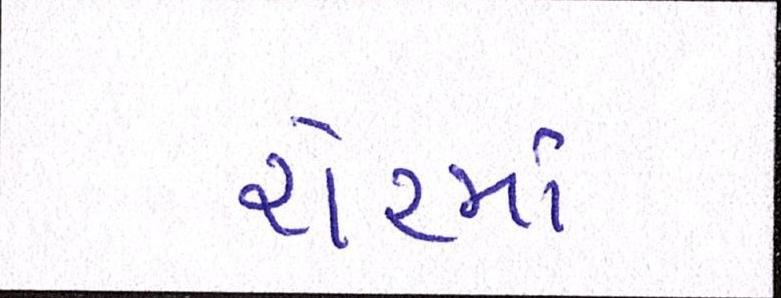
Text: શેરમાં